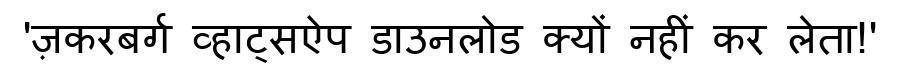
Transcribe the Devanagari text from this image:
'ज़करबर्ग व्हाट्सऐप डाउनलोड क्यों नहीं कर लेता!'